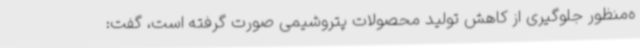
ه‌منظور جلوگیری از کاهش تولید محصولات پتروشیمی صورت گرفته است، گفت: